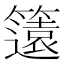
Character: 𮆡